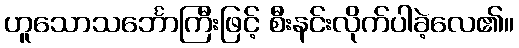
ဟူသောသင်္ဘောကြီးဖြင့် စီးနင်းလိုက်ပါခဲ့လေ၏။